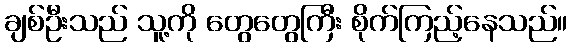
ချစ်ဦးသည် သူ့ကို တွေတွေကြီး စိုက်ကြည့်နေသည်။